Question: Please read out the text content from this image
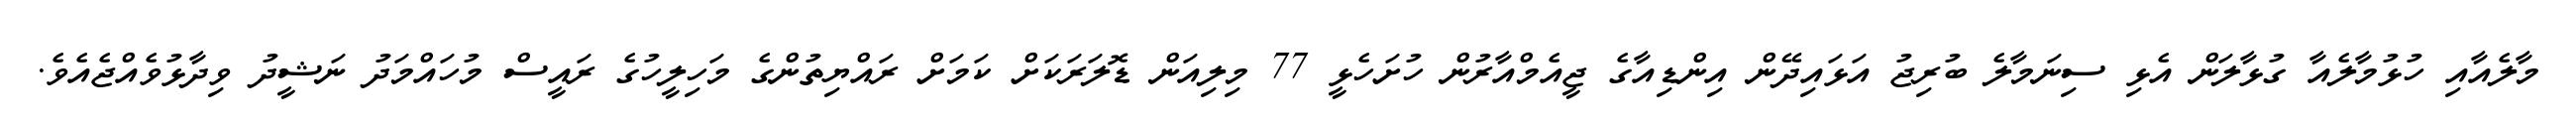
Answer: މާލެއާއި ހުޅުމާލެއާ ގުޅާލަން އެޅި ސިނަމާލެ ބުރިޖު އަޅައިދޭން އިންޑިއާގެ ޖީއެމްއާރުން ހުށަހެޅީ 77 މިލިއަން ޑޮލަރަކަށް ކަމަށް ރައްޔިތުންގެ މަހިލީހުގެ ރައީސް މުހައްމަދު ނަޝީދު ވިދާޅުވެއްޖެއެވެ.